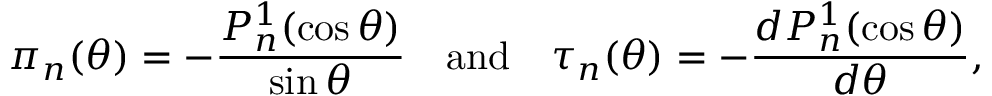
\pi _ { n } ( \theta ) = - \frac { P _ { n } ^ { 1 } ( \cos \theta ) } { \sin \theta } \quad \mathrm { a n d } \quad \tau _ { n } ( \theta ) = - \frac { d P _ { n } ^ { 1 } ( \cos \theta ) } { d \theta } ,